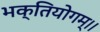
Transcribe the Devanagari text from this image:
भक्तियोगम्‌।।